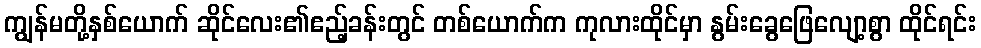
ကျွန်မတို့နှစ်ယောက် ဆိုင်လေး၏ဧည့်ခန်းတွင် တစ်ယောက်က ကုလားထိုင်မှာ နွမ်းခွေဖြေလျော့စွာ ထိုင်ရင်း